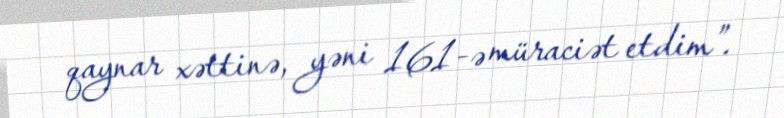
qaynar xəttinə, yəni 161-ə müraciət etdim”.